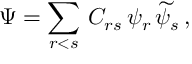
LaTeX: \Psi = \sum _ { r < s } \, C _ { r s } \, \psi _ { r } \, \widetilde { \psi } _ { s } \, ,